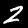
Digit: 2